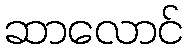
ဆာလောင်